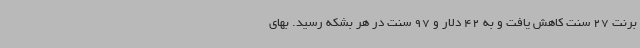
برنت 27 سنت کاهش یافت و به 42 دلار و 97 سنت در هر بشکه رسید. بهای